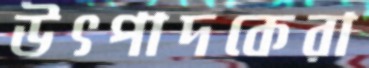
উৎপাদকেরা